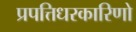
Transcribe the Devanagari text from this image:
प्रपत्तिधरकारिणो